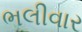
ભલીવાર